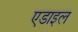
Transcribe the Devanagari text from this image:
एडाइल